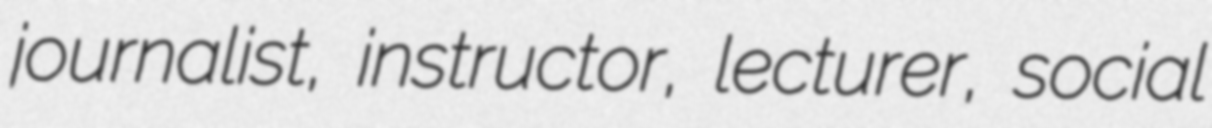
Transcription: journalist, instructor, lecturer, social